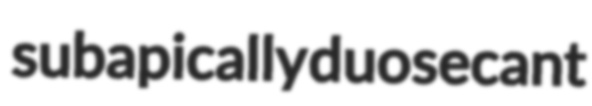
subapically duosecant